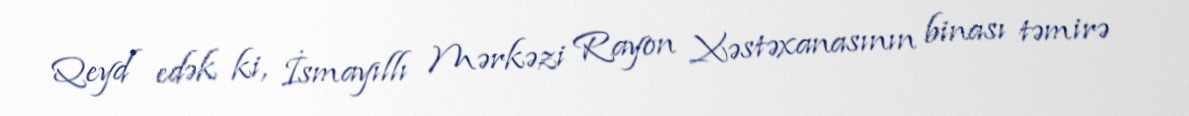
Qeyd edək ki, İsmayıllı Mərkəzi Rayon Xəstəxanasının binası təmirə